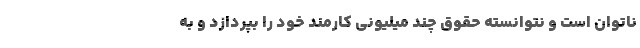
ناتوان است و نتوانسته حقوق چند میلیونی کارمند خود را بپردازد و به